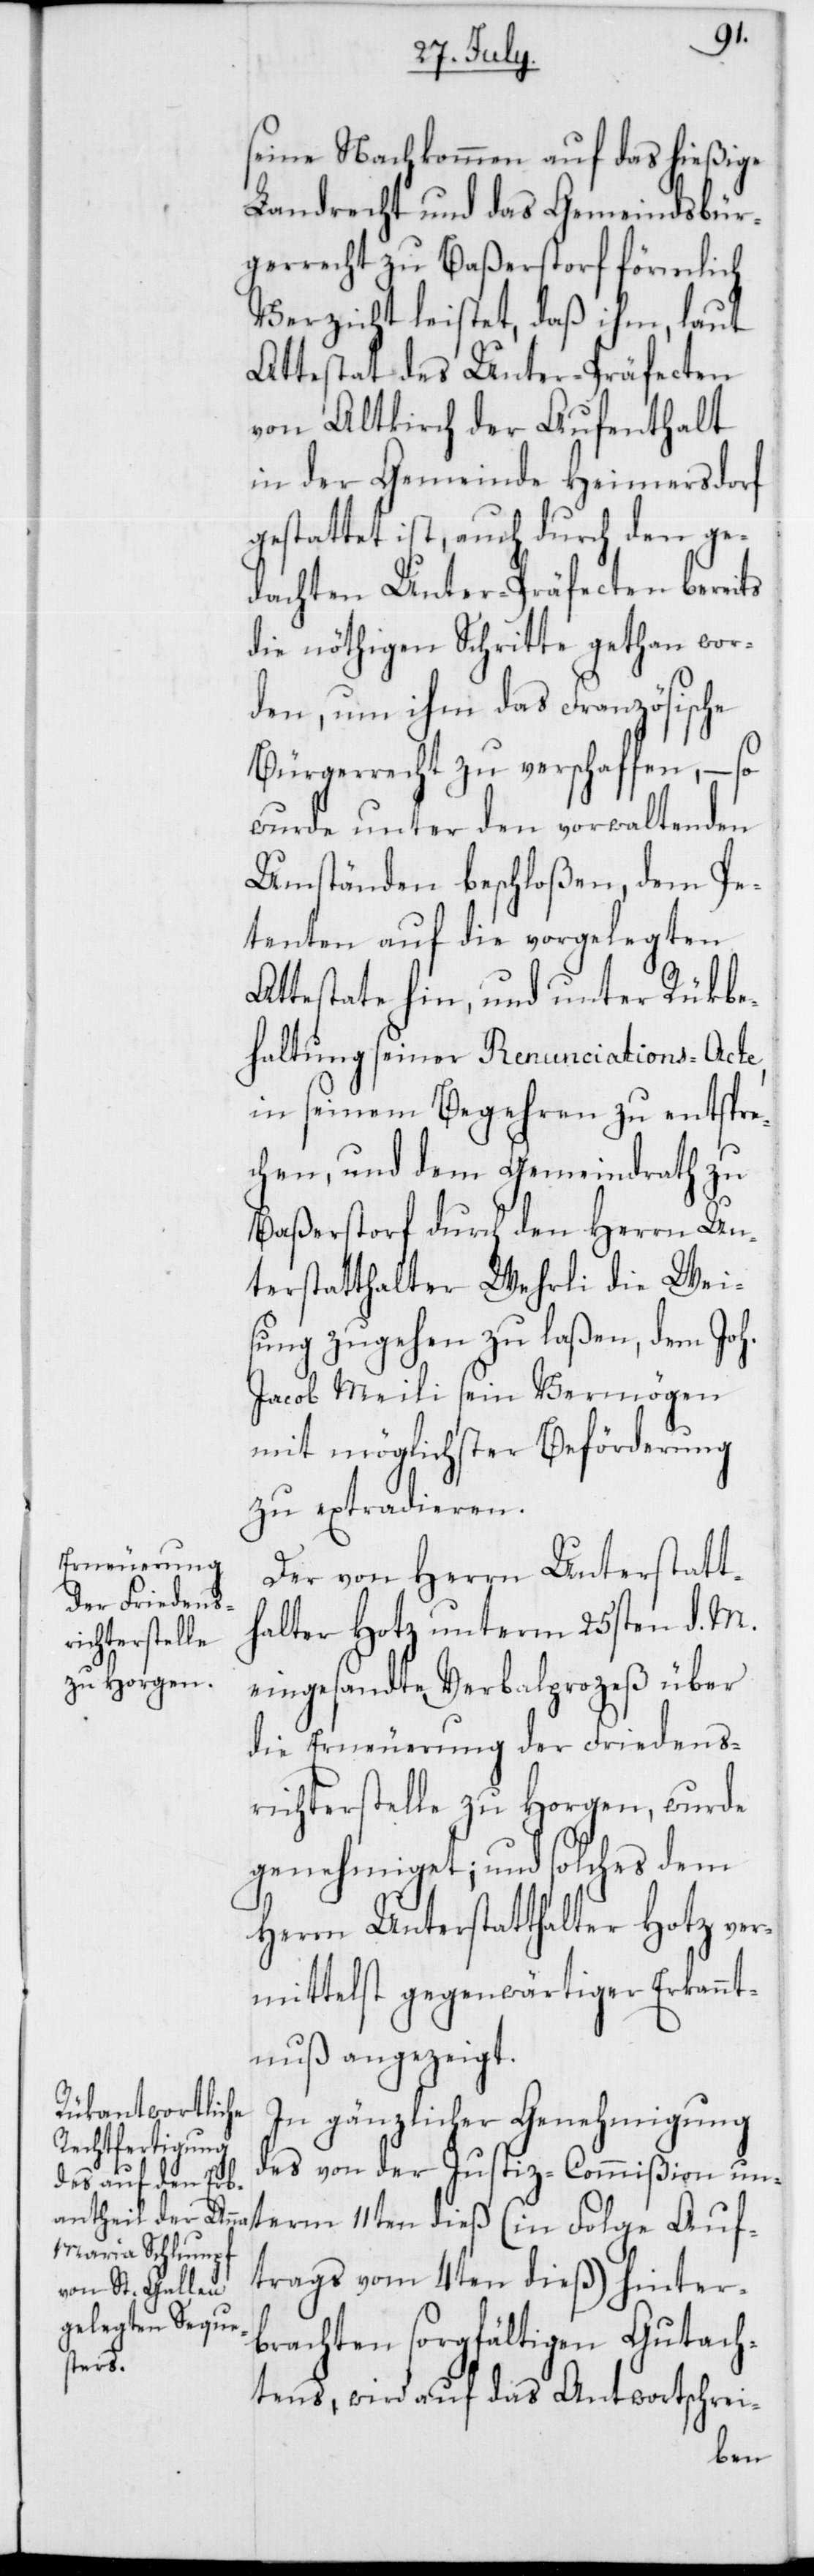
Auf¬
seine Nachkommen auf das hießige
Landrecht und das Gemeindsbür¬
gerrecht zu Baßerstorf förmlich
Verzicht leistet, daß ihm, laut
Attestat des Unter-Präfecten
von Altkirch der Aufenthalt
in der Gemeinde Heimersdorf
gestattet ist, auch durch den ge¬
dachten Unter-Präfecten bereits
die nöthigen Schritte gethan wor¬
den, um ihm das Französische
Bürgerrecht zu verschaffen, – so
wurde unter den vorwaltenden
Umständen beschloßen, dem Pe¬
tenten auf die vorgelegten
Attestate hin, und unter Rükbe¬
haltung seiner Renunciations-Acte,
in seinem Begehren zu entspre¬
chen, und dem Gemeindrath zu
Baßerstorf durch den Herrn Un¬
terstatthalter Wehrli die Wei¬
sung zugehen zu laßen, dem Joh.
Jacob Meili sein Vermögen
mit möglichster Beförderung
zu extradieren.
Der von Herrn Unterstatt¬
halter Hotz unterm 25sten d. M.
eingesandte Verbalprozeß über
die Erneuerung der Friedens¬
richterstelle zu Horgen, wurde
genehmiget; und solches dem
Herrn Unterstatthalter Hotz ver¬
mittelst gegenwärtiger Erkannt¬
nuß angezeigt.
In gänzlicher Genehmigung
des von der Justiz-Commißion un¬
trags vom 4ten dieß) hinter¬
brachten sorgfältigen Gutach¬
term
tens, wird auf das Antwortschrei-